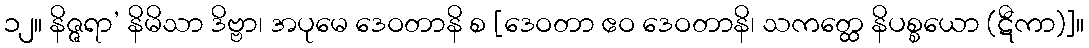
၁၂။ နိဇ္ဇရာ’ နိမိသာ ဒိဗ္ဗာ၊ အပုမေ ဒေဝတာနိ စ [ဒေဝတာ ဧဝ ဒေဝတာနိ၊ သကတ္ထေ နိပစ္စယော (ဋီကာ)]။